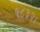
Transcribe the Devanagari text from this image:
१८३२।